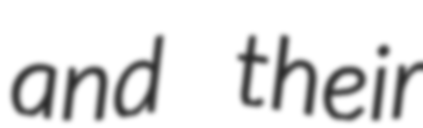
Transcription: and their